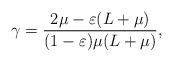
LaTeX: \begin{align*}\gamma = \frac{2\mu-\varepsilon(L+\mu)}{(1-\varepsilon)\mu(L+\mu)},\end{align*}